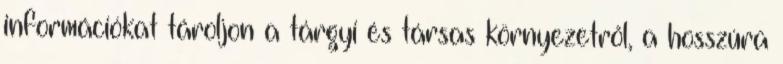
információkat tároljon a tárgyi és társas környezetről, a hosszúra